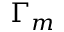
\Gamma _ { m }